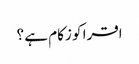
اقرا کو زکام ہے ؟